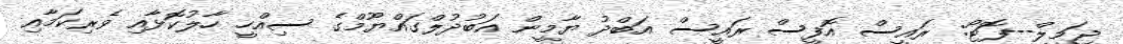
ޖަމީލް--ފޮޓޯ: ރައީސް އޮފީސް ރައީސް އަބްދު ޔާމީން އަބުދުލްގައްޔޫމްގެ ސިއްހީ ހާލުކޮޅާއި ވެރިކަމާއި